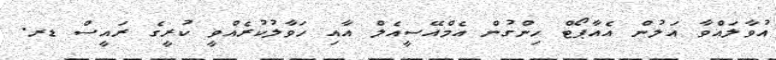
އުވާލައްވާ އަލުން އެއާޕޯޓް ހިންގުން އެމްއޭސީއެލް އާއި ހަވާލުކުރެއްވީ ކުރީގެ ރައީސް ޑރ.